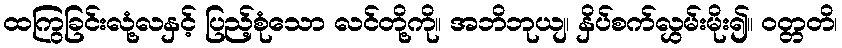
ထကြွခြင်းလုံ့လနှင့် ပြည့်စုံသော လင်တို့ကို။ အဘိဘုယျ၊ နှိပ်စက်လွှမ်းမိုး၍။ ဝတ္တတိ၊